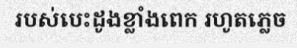
របស់បេះដូងខ្លាំងពេក រហូតភ្លេច